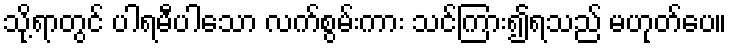
သို့ရာတွင် ပါရမီပါသော လက်စွမ်းကား သင်ကြား၍ရသည် မဟုတ်ပေ။